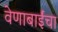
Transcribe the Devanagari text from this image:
वेणाबाईंचा